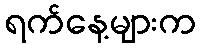
ရက်နေ့များက